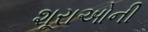
શૂરાઓની